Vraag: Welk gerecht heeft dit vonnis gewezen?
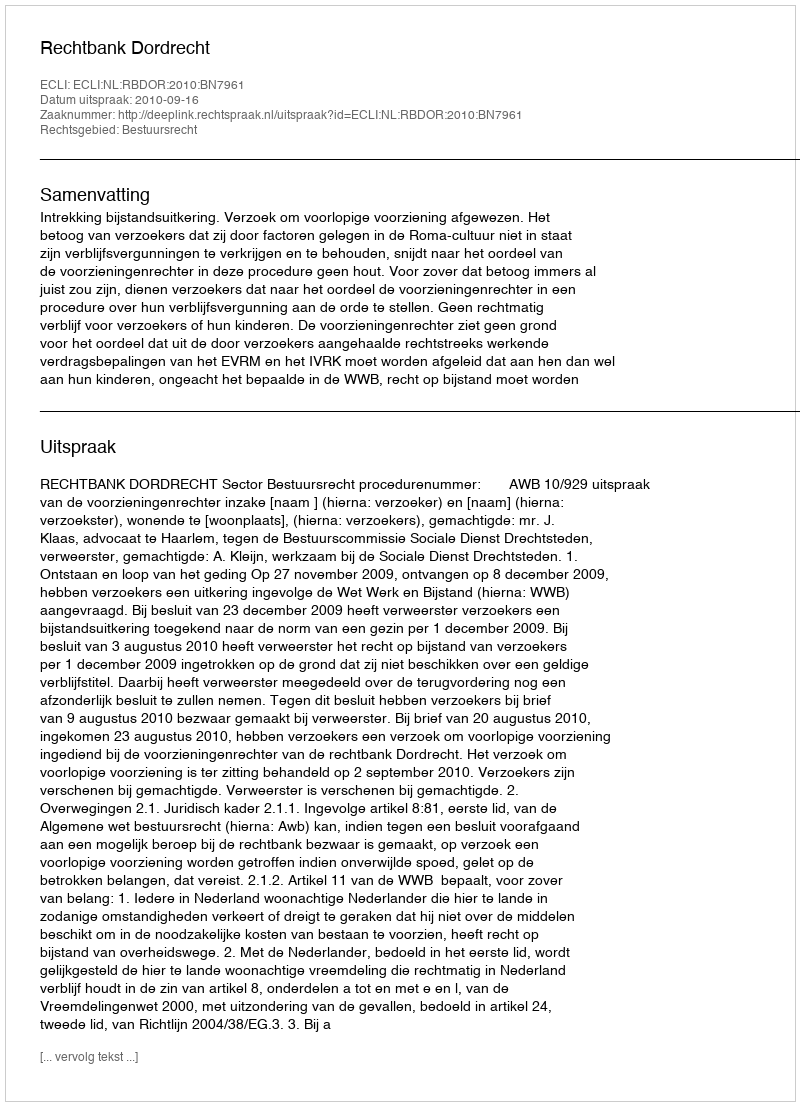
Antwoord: Rechtbank Dordrecht